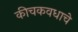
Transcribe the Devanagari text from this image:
कीचकवधाचे